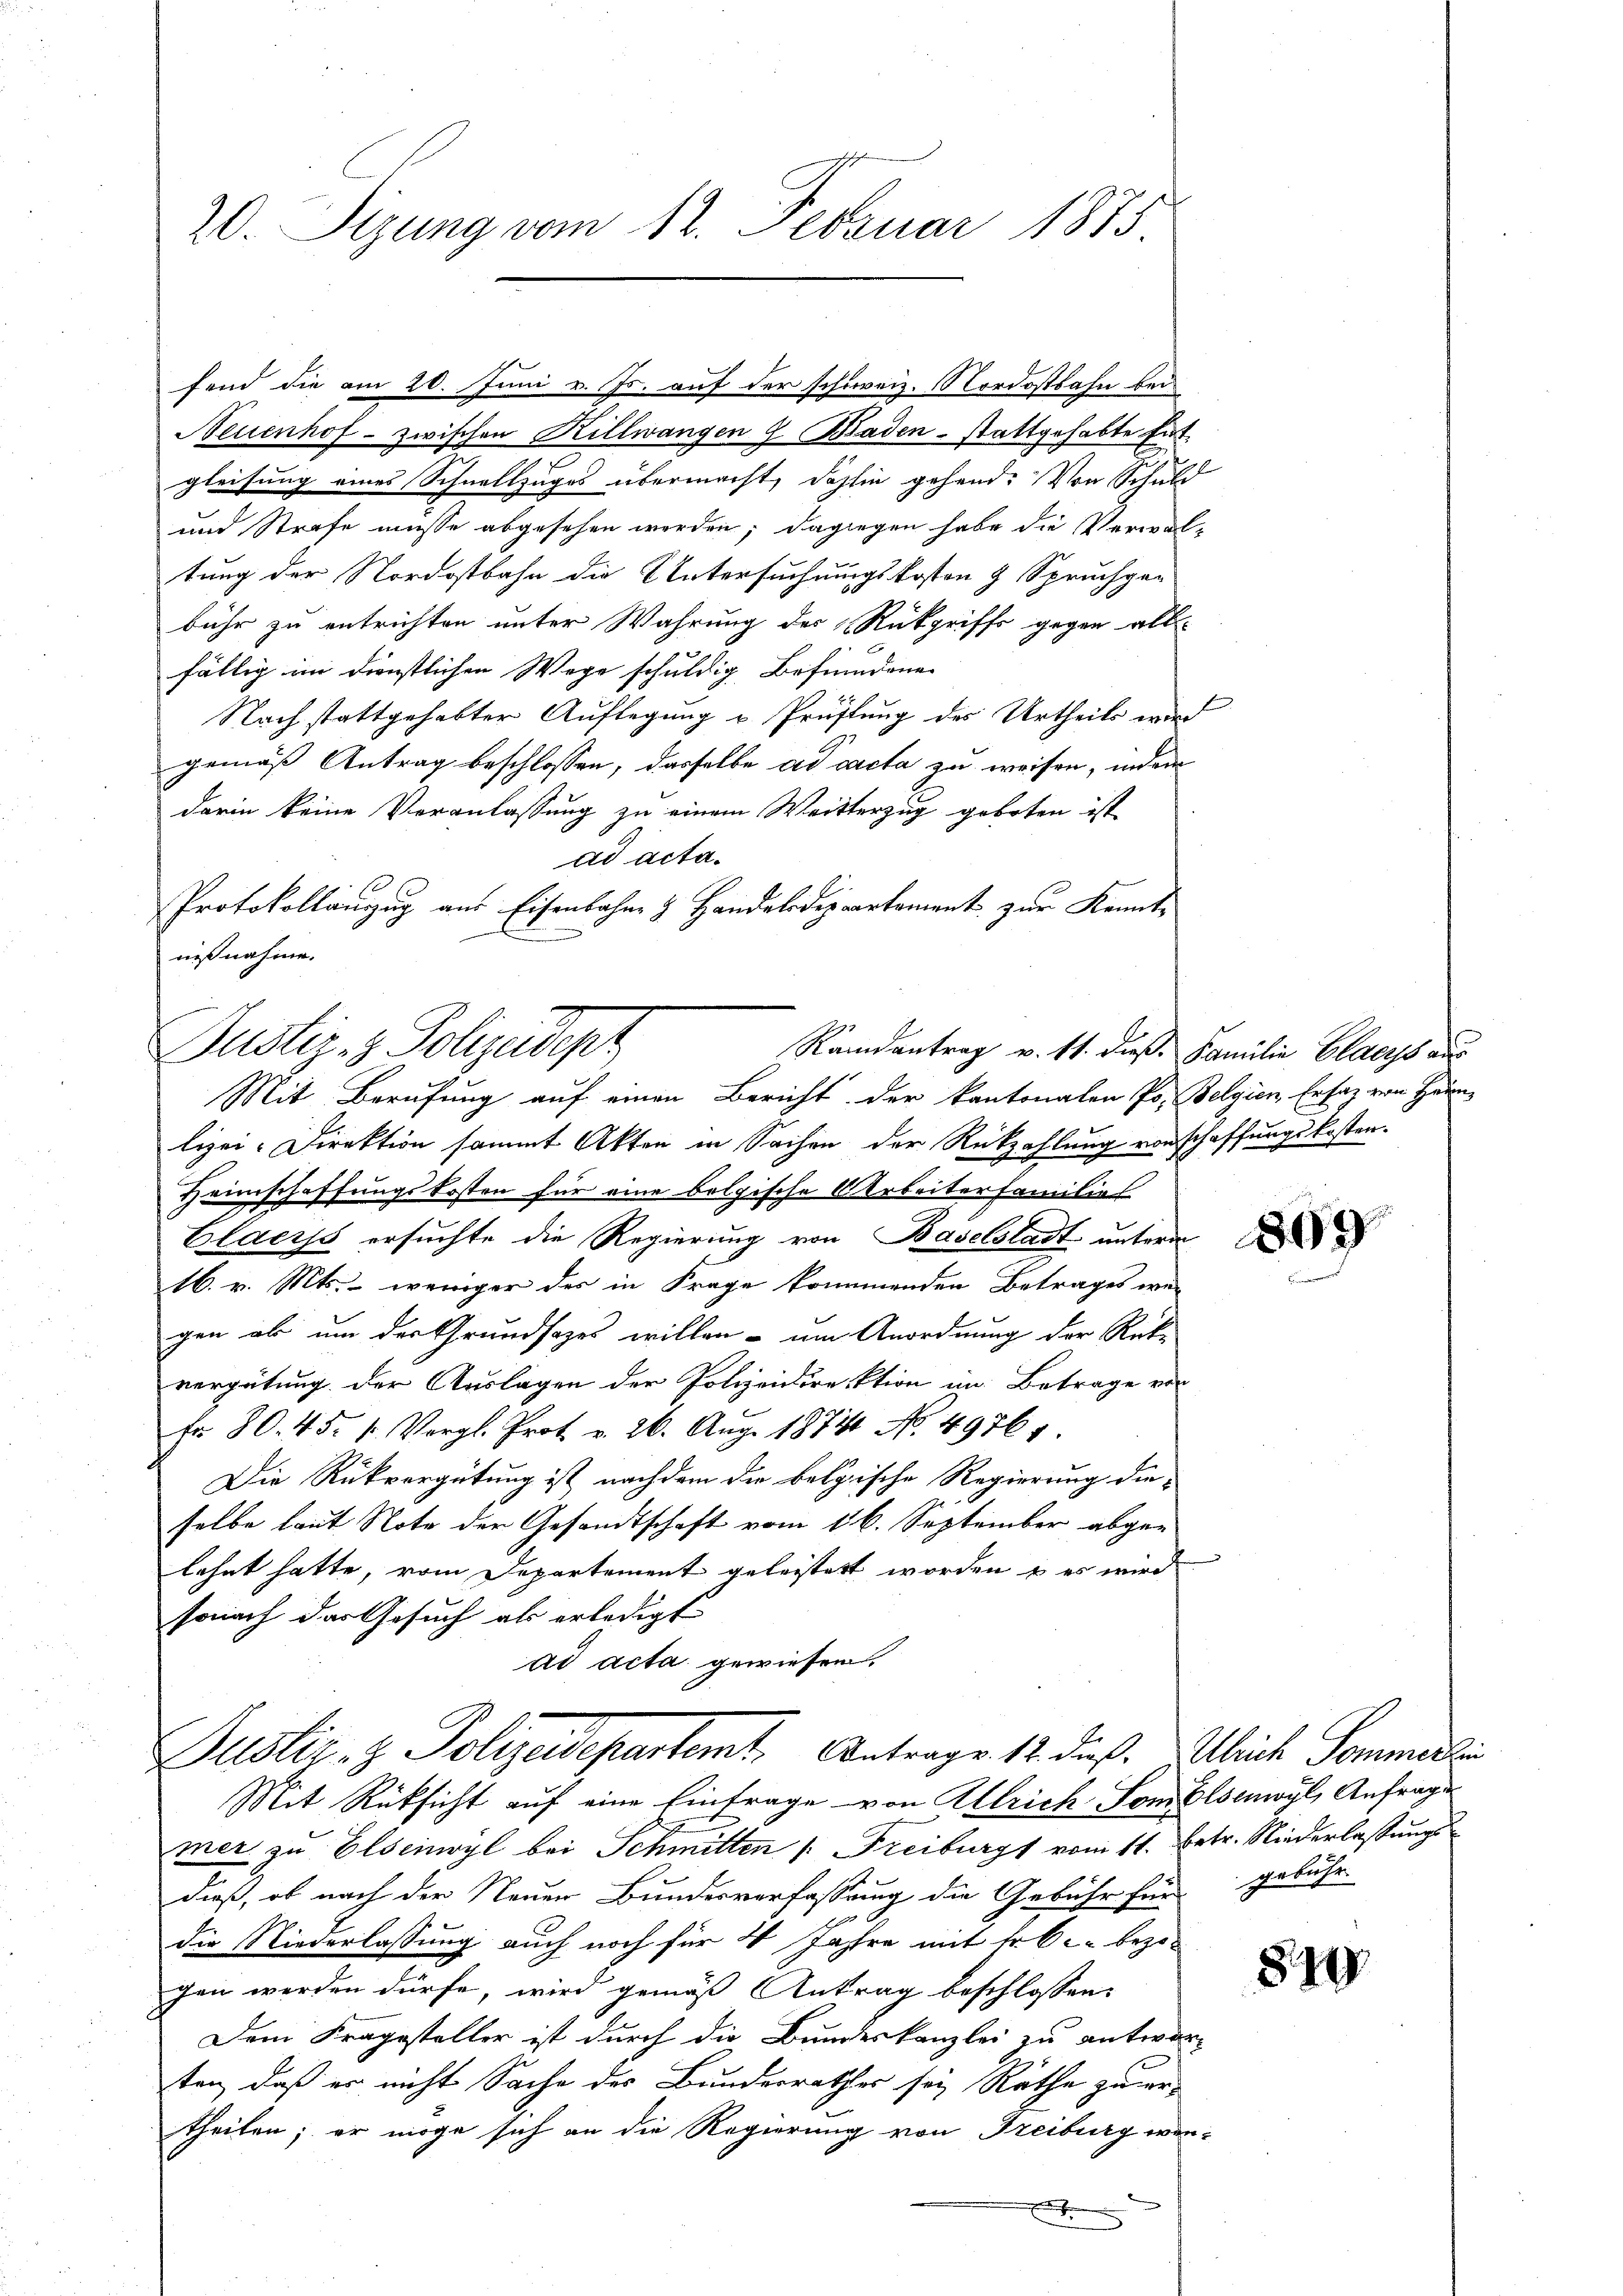
20. Sizung vom 12. Februar 1885

fend die am 20. Juni v. Js. auf der schweiz. Nordostbahn bei
Neuenhof - zwischen Killwangen 7 Badenstattgehabte hat.
gleisung eines Schnellzuges übermacht, dahin gehend. Von Schuld
und Strafe müsse abgesehen werden; dagegen habe die Verwaltung der Nordostbahn die Untersuchungskosten & Spruchge-
bühr zu entrichten unter Wahrung des Rückgriffs gegen alle
fällig im dienstlichen Wege schuldig Befinndene
Nach stattgehabter Auflegung u Prüfung des Urtheils wird
gemäß Antrag beschlossen, dasselbe ad cacta zu weisen, indem
darin keine Veranlassung zu einem Weitterzug geboten ist
ad acta¬
Protokollanzug aus Eisenbahne & Handelsdepartement zur Kenntnißnahme.
Mit Berufung auf einen Bericht der kantonalen Po. Belgien, Ersatz von Haun-
lizei-Direktion sammt Akten in Sachen der Rückzahlung vorschaffungskosten.
Heimschaffungskosten für eine belgische Arbeiterfamilie
Claess ersuchte die Regierung von Baselstadt unterm
16. v. Mts. - weniger des in Frage kommenden Betrages wei
gen ab um der Grundsazes willen - um Anordnung der Rück-
vergütung der Auslagen der Polizeidirektion im Betrage vor
fr 80. 45. 1. Vergl. Prot. v. 26. Aŭg. 1874. No. 4976
Die Rückvergütung ist nachdem die belgische Regierung die-
selbe laut Note der Gesandtschaft vom 16. September abgelehnt hatte, vom Departement geleistert worden, u es wird
sonach das Gesuch als erledigt
ad acta gewiesen.
Justiz- & Polizeidepartemt. Antrags 12. dieß. Ulrich Sommert
Mit Rüksicht auf eine Eintrage von Ulrich vom Elsenoul, Anfrage
mer zu Elseinwyl bei Schmitten /: Freiburgs vom 11. Betr. Niederlaßungs
dieß, ob nach der Neuen Bundesverfassung die Gebühr für gebühr
die Niederlassung auch noch für 4 Jahre mit er C c. bezogen werden dürfe, wird gemäß Antrag beschlossen:
Dem Fragesteller ist durch die Bundeskanzlei zu antworten, daß er nicht Sache des Bundesrathes sei Räthe zu ertheilen; er möge sich an die Regierung von Freiburg wenmeinen
F

Justiz- & Polizeidep
Randantrag v. Mt. dieß. Familie Glarus aus

2

2

809

849